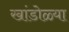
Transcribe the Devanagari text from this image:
खांडोळ्या